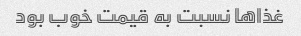
غذاها نسبت به قیمت خوب بود